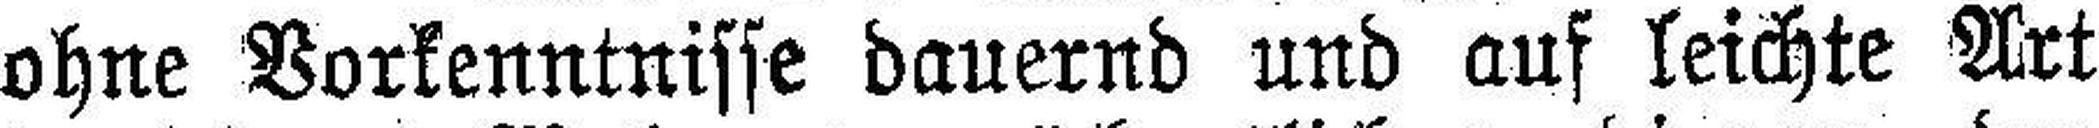
ohne Vorkenntnisse dauernd und auf leichte Art